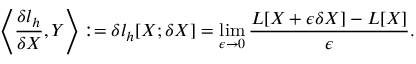
\left\langle \frac { \delta l _ { h } } { \delta X } , Y \right\rangle : = \delta l _ { h } [ X ; \delta X ] = \operatorname* { l i m } _ { \epsilon \to 0 } \frac { L [ X + \epsilon \delta X ] - L [ X ] } { \epsilon } .